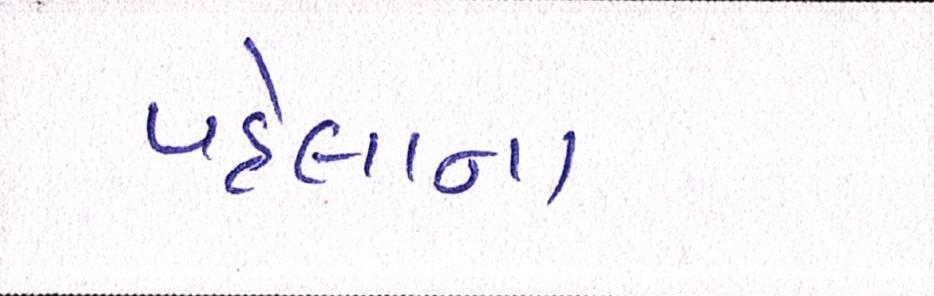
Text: પહેલાના